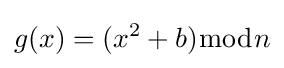
g(x)=(x^{2}+b){\bmod {n}}